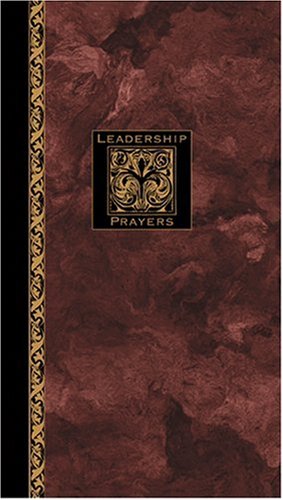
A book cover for Leadership Prayers; Richard Kriegbaum; Christian Books & Bibles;